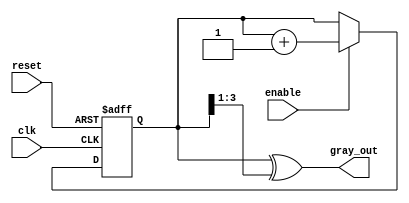
module gray_code_counter #(
    parameter N = 4 // Number of bits for the Gray code counter
)(
    input wire clk,       // Clock input
    input wire enable,    // Enable input
    input wire reset,     // Reset input
    output reg [N-1:0] gray_out // Current state in Gray code
);

    reg [N-1:0] binary; // Binary representation of the counter

    // Gray code conversion: Gray(n) = n ^ (n >> 1)
    function [N-1:0] binary_to_gray;
        input [N-1:0] bin;
        begin
            binary_to_gray = bin ^ (bin >> 1);
        end
    endfunction

    // Sequential logic for the counter
    always @(posedge clk or posedge reset) begin
        if (reset) begin
            binary <= 0; // Reset binary counter to 0
        end else if (enable) begin
            binary <= binary + 1; // Increment binary counter
        end
    end

    // Convert binary to Gray code
    always @(*) begin
        gray_out = binary_to_gray(binary); // Output the Gray code value
    end

endmodule